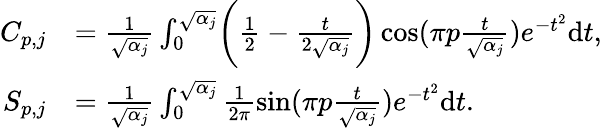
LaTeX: \begin{array}{rl}{C_{p,j}}&{=\frac{1}{\sqrt{\alpha_{j}}}\int_{0}^{\sqrt{\alpha_{j}}}\biggr(\frac{1}{2}-\frac{t}{2\sqrt{\alpha_{j}}}\biggr)\cos(\pi p\frac{t}{\sqrt{\alpha_{j}}})e^{-t^{2}}\mathrm{d}t,}\\ {S_{p,j}}&{=\frac{1}{\sqrt{\alpha_{j}}}\int_{0}^{\sqrt{\alpha_{j}}}\frac{1}{2\pi}\sin(\pi p\frac{t}{\sqrt{\alpha_{j}}})e^{-t^{2}}\mathrm{d}t.}\end{array}